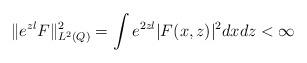
LaTeX: \begin{align*}\|e^{zl}F\|_{L^2(Q)}^2=\int e^{2zl}|F(x,z)|^2dxdz <\infty\end{align*}